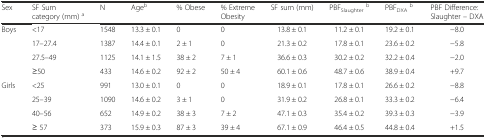
<table><thead><tr><td><b>Sex</b></td><td><b>SF Sum category (mm) <sup>a</sup></b></td><td><b>N</b></td><td><b>Age<sup>b</sup></b></td><td><b>% Obese</b></td><td><b>% Extreme Obesity</b></td><td><b>SF sum (mm)</b></td><td><b>PBF<sub>Slaughter</sub><sup>b</sup></b></td><td><b>PBF<sub>DXA</sub><sup>b</sup></b></td><td><b>PBF Difference: Slaughter – DXA</b></td></tr></thead><tbody><tr><td>Boys</td><td>&lt;17</td><td>1548</td><td>13.3 ± 0.1</td><td>0</td><td>0</td><td>13.8 ± 0.1</td><td>11.2 ± 0.1</td><td>19.2 ± 0.1</td><td>−8.0</td></tr><tr><td></td><td>17–27.4</td><td>1387</td><td>14.4 ± 0.1</td><td>2 ± 1</td><td>0</td><td>21.3 ± 0.2</td><td>17.8 ± 0.1</td><td>23.6 ± 0.2</td><td>−5.8</td></tr><tr><td></td><td>27.5–49</td><td>1125</td><td>14.1 ± 1.5</td><td>38 ± 2</td><td>7 ± 1</td><td>36.6 ± 0.3</td><td>30.2 ± 0.2</td><td>32.2 ± 0.4</td><td>−2.0</td></tr><tr><td></td><td>≥50</td><td>433</td><td>14.6 ± 0.2</td><td>92 ± 2</td><td>50 ± 4</td><td>60.1 ± 0.6</td><td>48.7 ± 0.6</td><td>38.9 ± 0.4</td><td>+9.7</td></tr><tr><td>Girls</td><td>&lt;25</td><td>991</td><td>13.0 ± 0.1</td><td>0</td><td>0</td><td>18.9 ± 0.1</td><td>17.8 ± 0.1</td><td>26.6 ± 0.2</td><td>−8.8</td></tr><tr><td></td><td>25–39</td><td>1090</td><td>14.6 ± 0.2</td><td>3 ± 1</td><td>0</td><td>31.9 ± 0.2</td><td>26.8 ± 0.1</td><td>33.3 ± 0.2</td><td>−6.4</td></tr><tr><td></td><td>40–56</td><td>652</td><td>14.9 ± 0.2</td><td>38 ± 3</td><td>7 ± 2</td><td>47.1 ± 0.3</td><td>35.4 ± 0.2</td><td>39.3 ± 0.3</td><td>−3.9</td></tr><tr><td></td><td>≥ 57</td><td>373</td><td>15.9 ± 0.3</td><td>87 ± 3</td><td>39 ± 4</td><td>67.1 ± 0.9</td><td>46.4 ± 0.5</td><td>44.8 ± 0.4</td><td>+1.5</td></tr></tbody></table>